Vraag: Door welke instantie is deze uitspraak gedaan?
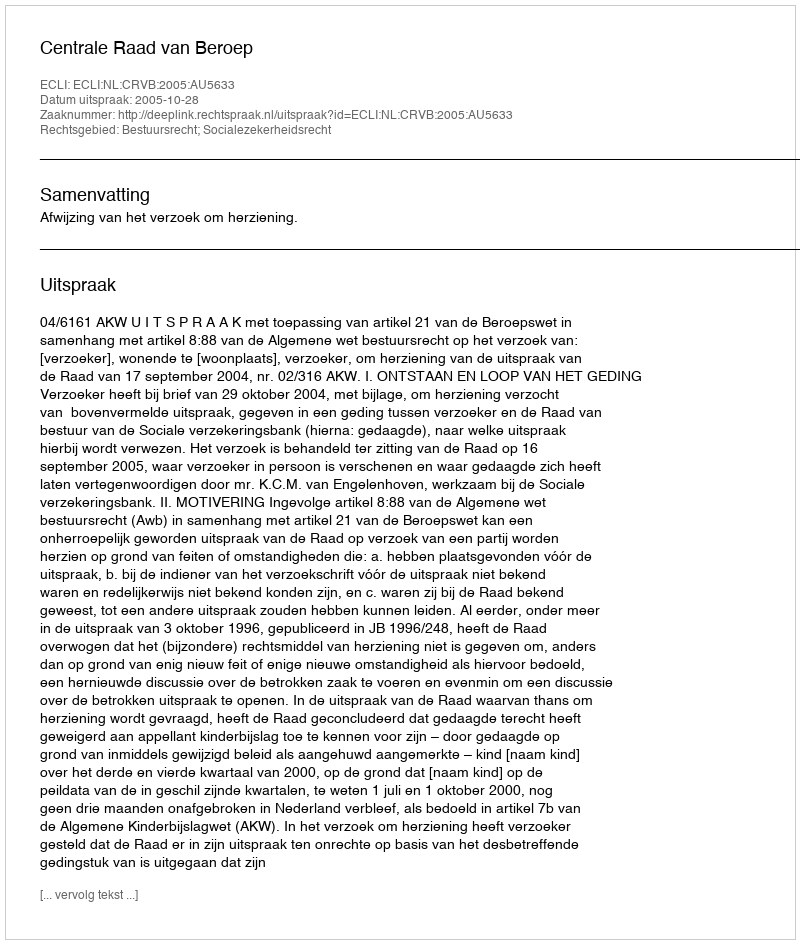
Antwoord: Centrale Raad van Beroep